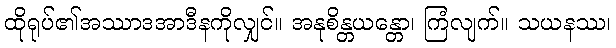
ထိုရုပ်၏အဿာဒအာဒီနကိုလျှင်။ အနုစိန္တယန္တော၊ ကြံလျက်။ သယနဿ၊